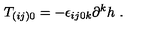
T _ { ( i j ) 0 } = - \epsilon _ { i j 0 k } { } \partial ^ { k } h \ .